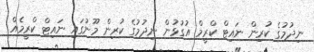
ނިދުމުގެ ކުރިން ނައިޓް ކްރީމް އުގުޅުން ނިދުމުގެ ކުރިން މޫނުގައި ނައިޓް ކްރީމެއް